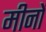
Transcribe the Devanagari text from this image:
मीनों